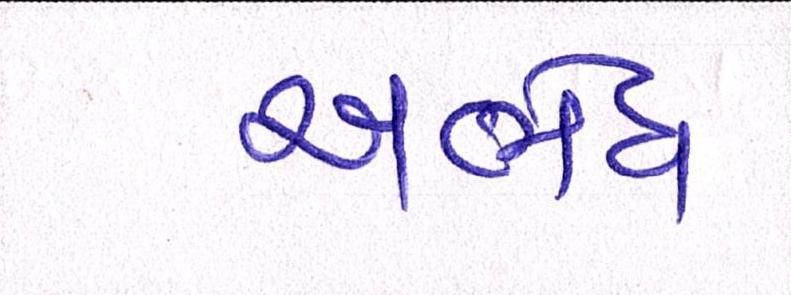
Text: અભેધ